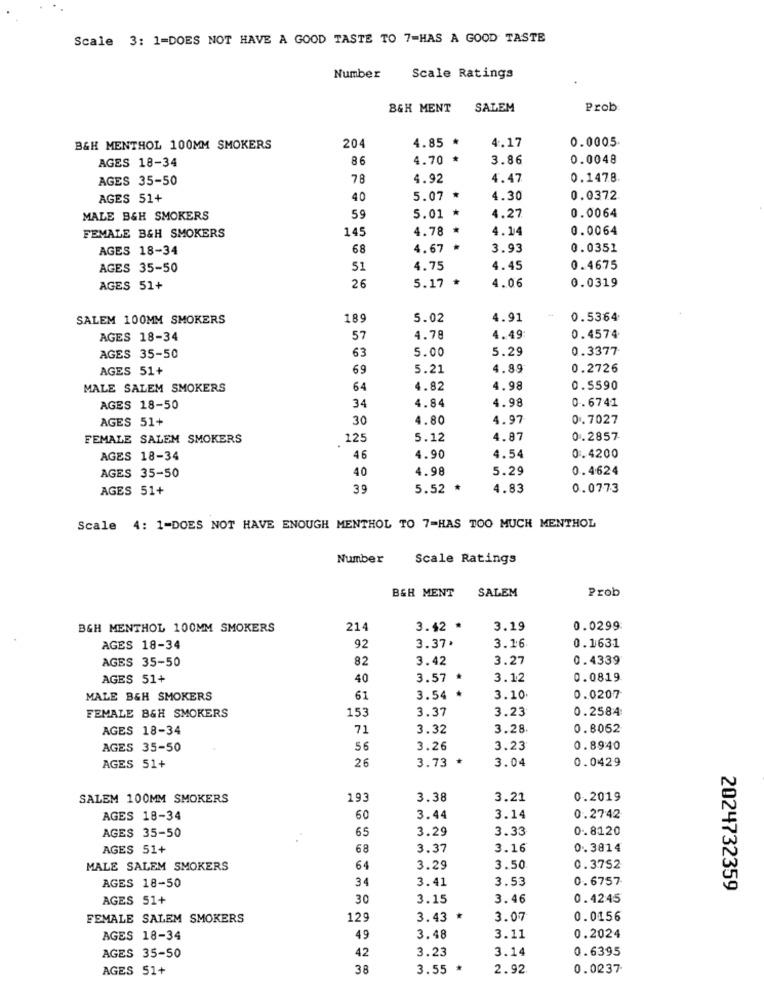
Scale 3: 1=DOES NOT HAVE A GOOD TASTE TO 7=HAS A GOOD TASTE
Number
Scale Ratings
BGH MENT
SALEM
Prob
4.17
0.0005
B&H MENTHOL 100MM SMOKERS
204
4.85 *
86
4.70 *
3.86
0.0048
AGES 18-34
AGES 35-50
78
4.92
4.47
0.1478.
AGES 51+
40
5.07 *
4.30
0.0372
0.0064
MALE B&H SMOKERS
59
5.01 *
4.27
FEMALE B&H SMOKERS
145
4.78
*
4.14
0.0064
AGES 18-34
68
4.67
3.93
0.0351
AGES 35-50
51
4.75
4.45
0.4675
4.06
0.0319
AGES 51+
26
5.17 *
SALEM 100MM SMOKERS
189
5.02
4.91
0.5364
AGES 18-34
57
4.78
4.49
0.4574
63
5.00
5.29
0.3377
AGES 35-50
AGES 51+
69
5.21
4.89
0.2726
MALE SALEM SMOKERS
64
4.82
4.98
0.5590
34
4.84
4.98
0.6741
AGES 18-50
AGES 51+
30
4.80
4.97
0.7027
FEMALE SALEM SMOKERS
125
5.12
4.87
0.2857
0.4200
AGES 18-34
46
4.90
4.54
40
4.98
5.29
0.4624
AGES 35-50
AGES 51+
39
5.52 *
4.83
0.0773
Scale 4: 1-DOES NOT HAVE ENOUGH MENTHOL TO 7=HAS TOO MUCH MENTHOL
Number
Scale Ratings
B&H MENT
SALEM
Prob
BGH MENTHOL 100MM SMOKERS
214
3.42 *
3.19
0.0299:
AGES 18-34
92
3.37.
3.16
0.1631
AGES 35-50
82
3.42
3.27
0.4339
AGES 51+
40
3.57 *
3.12
0.0819
MALE B&H SMOKERS
61
3.54 *
3.10
0.0207
FEMALE B&H SMOKERS
153
3.37
3.23
0.2584
AGES 18-34
71
3.32
3.28
0.8052
AGES 35-50
56
3.26
3.23
0.8940
26
3.73 *
3.04
0.0429
AGES 51+
SALEM 100MM SMOKERS
193
3.38
3.21
0.2019
AGES 18-34
60
3.44
3.14
0.2742
AGES 35-50
65
3.29
3.33
0.8120
AGES 51+
68
3.37
3.16
0.3814
MALE SALEM SMOKERS
64
3.29
3.50
0.3752
34
3.41
3.53
0. 6757
AGES 18-50
2024732359
AGES 51+
30
3.15
3.46
0.4245
FEMALE SALEM SMOKERS
129
3.43 *
3.07
0.0156
AGES 18-34
49
3.48
3.11
0.2024
42
3.23
3.14
0.6395
AGES 35-50
AGES 51+
38
3.55 *
2.92
0.0237